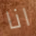
انا